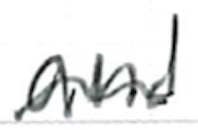
Text: and
Cross-out: wave
Writing tool: ballpoint